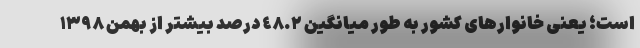
است؛ یعنی خانوارهای کشور به طور میانگین ٤٨.٢ درصد بیشتر از بهمن ١٣٩٨